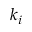
k _ { i }